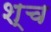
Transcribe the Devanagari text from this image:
श्‍च